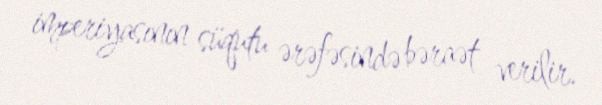
imperiyasının süqutu ərəfəsində bəraət verilir.